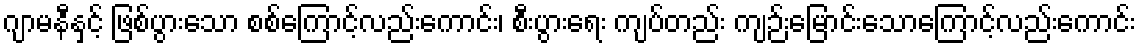
ဂျာမနီနှင့် ဖြစ်ပွားသော စစ်ကြောင့်လည်းကောင်း၊ စီးပွားရေး ကျပ်တည်း ကျဉ်းမြောင်းသောကြောင့်လည်းကောင်း